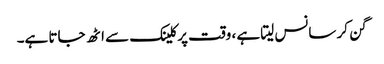
گن کر سانس لیتا ہے ، وقت پرکلینک سے اٹھ جاتا ہے۔